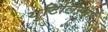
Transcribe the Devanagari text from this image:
युटिलिस्मा